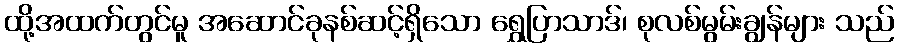
ထို့အထက်တွင်မူ အဆောင်ခုနစ်ဆင့်ရှိသော ရွှေပြာသာဒ်၊ စုလစ်မွမ်းချွန်များ သည်